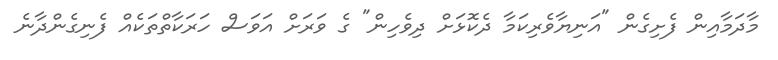
މާދަމާއިން ފެށިގެން "އަނިޔާވެރިކަމާ ދެކޮޅަށް ދިވެހިން" ގެ ވަރަށް އަވަސް ހަރަކާތްތަކެއް ފެނިގެންދާނެ